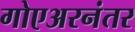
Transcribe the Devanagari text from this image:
गोएअरनंतर